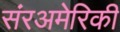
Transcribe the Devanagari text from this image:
संरअमेरिकी